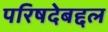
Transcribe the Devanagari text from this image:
परिषदेबद्दल